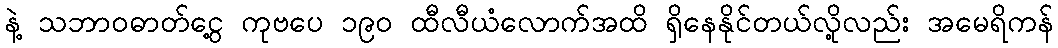
နဲ့ သဘာဝဓာတ်ငွေ့ ကုဗပေ ၁၉၀ ထီလီယံလောက်အထိ ရှိနေနိုင်တယ်လို့လည်း အမေရိကန်